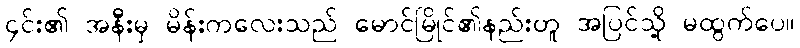
၄င်း၏ အနီးမှ မိန်းကလေးသည် မောင်မြိုင်၏နည်းတူ အပြင်သို့ မထွက်ပေ။